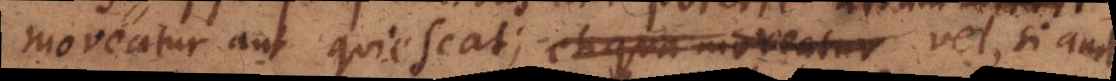
moveatur aut quiescat; et qua moveatur vel, si ambo